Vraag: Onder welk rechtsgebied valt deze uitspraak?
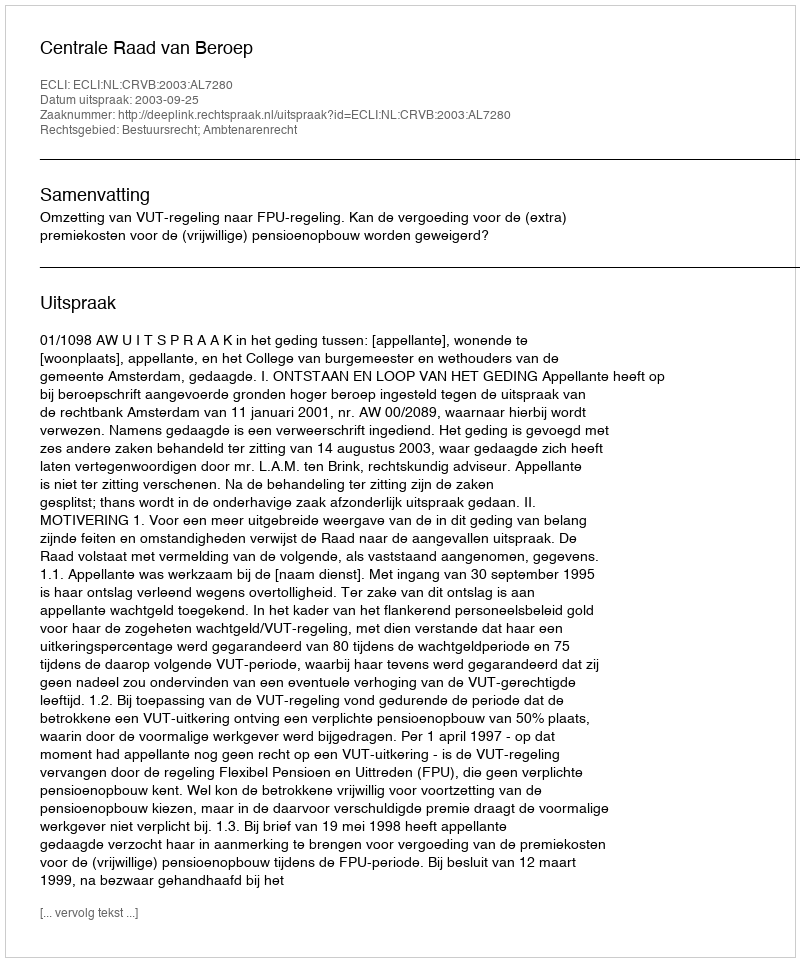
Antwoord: Bestuursrecht; Ambtenarenrecht